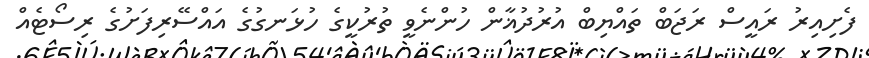
ފެށިއިރު ރައީސް ރަޖަބް ތައްޔިބް އުރުދުޣާން ހުންނެވީ ތުރުކީގެ ހުޅަނގުގެ އައްސޭރިފަށުގެ ރިސޯޓެއް